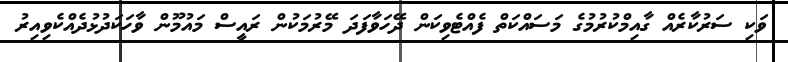
ވަކި ސަރުކާރެއް ގާއިމްކުރުމުގެ މަސައްކަތް ފެއްޓެވިކަން ދޭހަވާފަދަ މޭރުމަކުން ރައީސް މައުމޫން ވާހަކަދުޅުދެއްކެވިއިރު